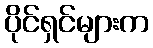
ပိုင်ရှင်များက